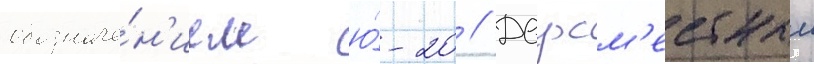
обозначе́н'ием ю́-20 // Двухм'естныи